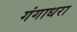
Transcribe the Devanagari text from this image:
गंगाधरा